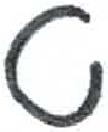
אות: ט